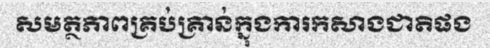
សមត្ថភាពគ្រប់គ្រាន់ក្នុងការកសាងជាតិផង